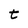
Character: t